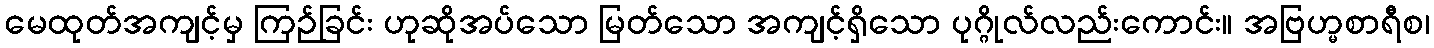
မေထုတ်အကျင့်မှ ကြဉ်ခြင်း ဟုဆိုအပ်သော မြတ်သော အကျင့်ရှိသော ပုဂ္ဂိုလ်လည်းကောင်း။ အဗြဟ္မစာရီစ၊